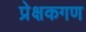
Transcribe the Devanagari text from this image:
प्रेक्षकगण